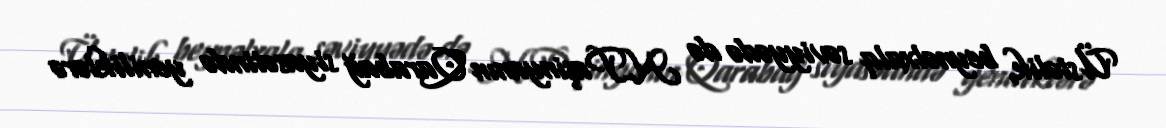
Üstəlik, beynəlxalq səviyyədə də N.Paşinyanın Qarabağ siyasətində yeniliklərə